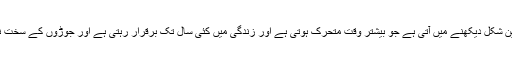
جبکہ کچھ لوگوں میں اس کی شدید ترین شکل دیکھنے میں آتی ہے جو بیشتر وقت متحرک ہوتی ہے اور زندگی میں کئی سال تک برقرار رہتی ہے اور جوڑوں کے سخت نقصان اور معذوری کا باعث بنتی ہے۔